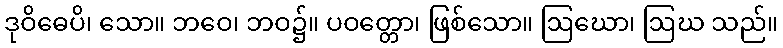
ဒုဝိဓေပိ၊ သော။ ဘဝေ၊ ဘဝ၌။ ပဝတ္တော၊ ဖြစ်သော။ ဩဃော၊ ဩဃ သည်။